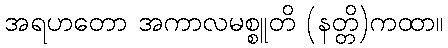
အရဟတော အကာလမစ္စူတိ (နတ္တိ)ကထာ။